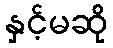
နှင့်မဆို